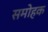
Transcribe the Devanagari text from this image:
समोहक